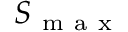
S _ { \mathrm { ~ m ~ a ~ x ~ } }